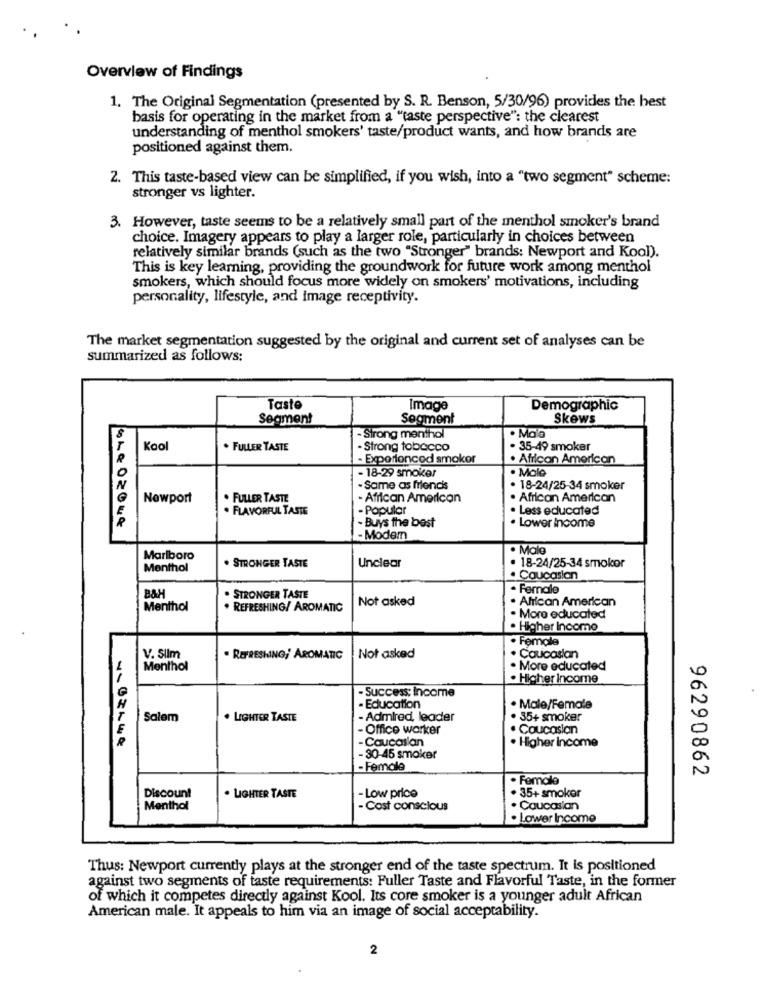
Overview of Findings
1. The Original Segmentation (presented by S. R. Benson, 5/30/96) provides the best
basis for operating in the market from a "taste perspective": the clearest
understanding of menthol smokers' taste/product wants, and how brands are
positioned against them.
2. This taste-based view can be simplified, if you wish, into a "two segment" scheme:
stronger vs lighter.
3. However, taste seems to be a relatively small part of the menthol smoker's brand
choice. Imagery appears to play a larger role, particularly in choices between
relatively similar brands (such as the two "Stronger" brands: Newport and Kool).
This is key learning, providing the groundwork for future work among menthol
smokers, which should focus more widely on smokers' motivations, including
personality, lifestyle, and image receptivity.
The market segmentation suggested by the original and current set of analyses can be
summarized as follows:
Taste
Image
Demographic
Segment
Segment
Skews
- Strong menthol
· Maia
Kool
. FULLER TASTE
- Strong tobacco
· 35-49 smoker
- Exportoncod smoker
. African American
- 18-29 smoker
· Malo
0
Same as friend's
· 18-24/25-34 smoker
Newport
. FULLER TASTE
- African American
. African American
. FLAVORFUL TASTE
- Popular
· Less educated
. Lower Income
. Buys the best
- Modem
· Male
Marlboro
. STRONGER TASTE
· 18-24/25-34 smokor
Menthol
Unclear
. Caucasian
· Female
B&H
STRONGER TASTE
Not asked
. African American
Menthol
. REFRESHING/ AROMATIC
. More educated
. Higher Incomo
. Female
V. Sllm
. REFRESHING, AROMATIC
Not asked
. Caucasian
Menthol
. More educated
. Higher Income
. Success: Income
- Education
. Male/Female
Salem
. LIGHTER TASTE
- Admired, leader
. 35+ smoker
- Office worker
. Caucasian
- Caucasian
. Higher Income
- 30-45 smoker
- Female
96290862
· Female
· 35+ smokor
Discount
. LIGHTER TASTE
- Low price
Menthol
- Cost conscious
. Caucasian
. Lower Income
Thus: Newport currently plays at the stronger end of the taste spectrum. It is positioned
against two segments of taste requirements: Fuller Taste and Flavorful Taste, in the former
of which it competes directly against Kool. Its core smoker is a younger adult African
American male. It appeals to him via an image of social acceptability.
2